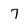
Character: 7